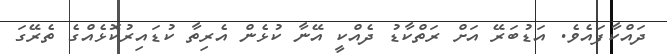
ދައްކާފައެވެ. އަޑުބަރޭ އަށް ރަތްކާޑު ދެއްކީ އޭނާ ކުޅެން އެރިތާ ކުޑައިރުކޮޅެއްގެ ތެރޭގަ